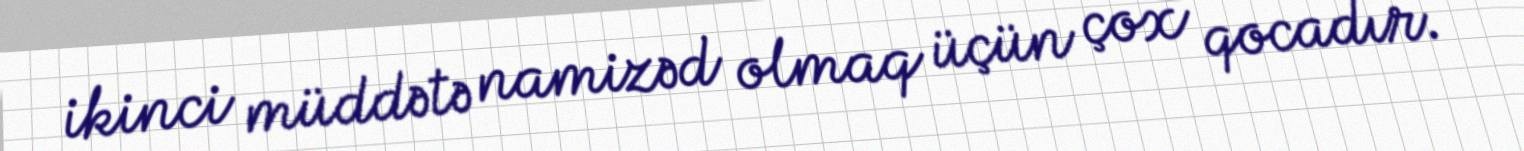
ikinci müddətə namizəd olmaq üçün çox qocadır.